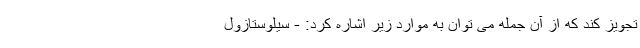
تجویز کند که از آن جمله می توان به موارد زیر اشاره کرد: - سیلوستازول